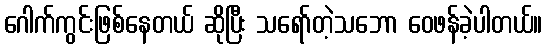
ဂေါက်ကွင်းဖြစ်နေတယ် ဆိုပြီး သရော်တဲ့သဘော ဝေဖန်ခဲ့ပါတယ်။